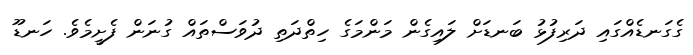
ގެގަނޑެއްގައި ދަރިފުޅު ބަނޑަށް ލައިގެން މަންމަގެ ހިތްދަތި ދުވަސްތައް ގުނަން ފެށީމެވެ. ހަނޑޫ